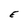
Character: E